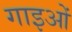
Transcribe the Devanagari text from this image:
गाइओं